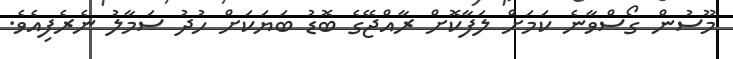
މޫސުން ގޯސްވާނެ ކަމަށް ލަފާކޮށް ރާއްޖޭގެ ބޮޑު ބަޔަކަށް ހުދު ސަމާލު ނެރެފިއެވެ.